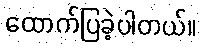
ထောက်ပြခဲ့ပါတယ်။